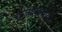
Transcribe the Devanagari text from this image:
राज्यकर्त्याशी